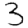
Digit: 3